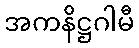
အကနိဋ္ဌဂါမီ